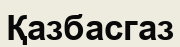
Қазбасгаз